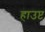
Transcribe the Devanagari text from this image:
हाउप्ट